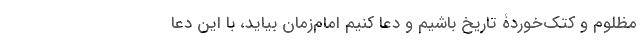
مظلوم و کتک‌خوردۀ تاریخ باشیم و دعا کنیم امام‌زمان بیاید، با این دعا